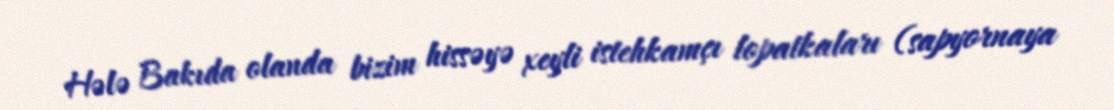
Hələ Bakıda olanda bizim hissəyə xeyli istehkamçı lopatkaları (sapyornaya